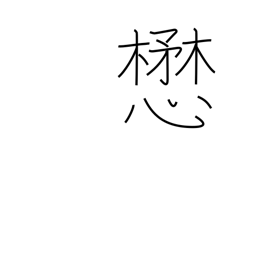
Meaning: strive